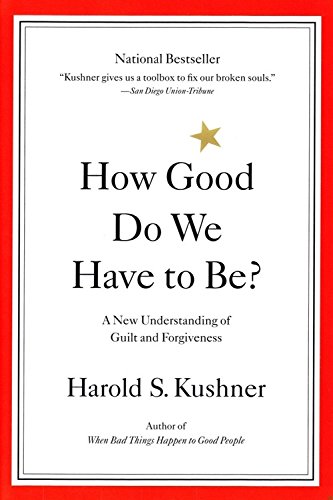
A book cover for How Good Do We Have to Be? A New Understanding of Guilt and Forgiveness; Harold Kushner; Religion & Spirituality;